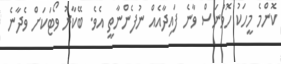
ކޮންމެ މީހަކު ހޮވުނަސް ވާނެ ފައިދާއެއް ނުފެންނާތީ އެވެ. ބޭކާރު ވޯޓަކަށް ވެދާނެ